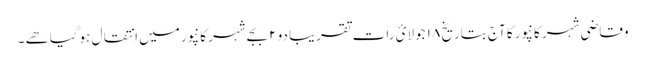
وقاضی شہر کانپور کا آج بتاریخ ۱۸ جولائ رات تقریبا دو ۲ بجےشہر کانپور میں انتقال ہوگیاھے ۔